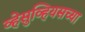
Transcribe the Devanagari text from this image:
व्हेसुव्हियसच्या